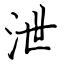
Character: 泄